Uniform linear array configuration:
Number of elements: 48
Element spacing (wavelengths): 0.75
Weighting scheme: hamming
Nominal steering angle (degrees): -60
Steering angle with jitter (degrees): -61.637
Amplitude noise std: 0.05
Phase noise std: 0.05

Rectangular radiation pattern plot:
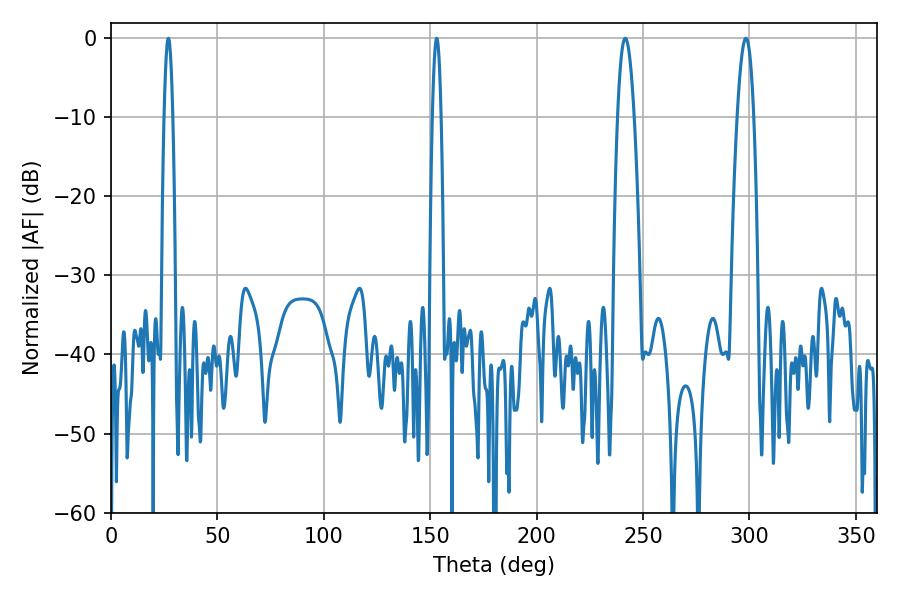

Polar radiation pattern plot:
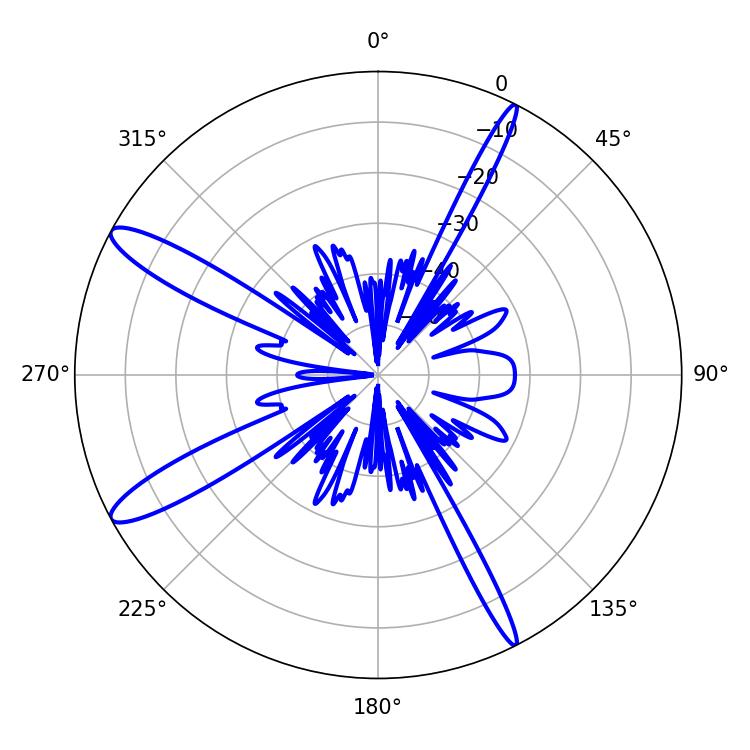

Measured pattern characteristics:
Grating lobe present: TRUE
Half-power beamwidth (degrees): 2.16
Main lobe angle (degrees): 27